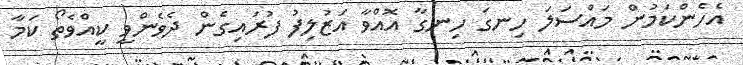
އެހެންކަމުން މައްސަލަ ހިނގަ ހިނގާ އޮއްވާ އަޒުލިފު ފުރައިގެން ދެވެންވީ ކީއްވެތޯ ކަމާ